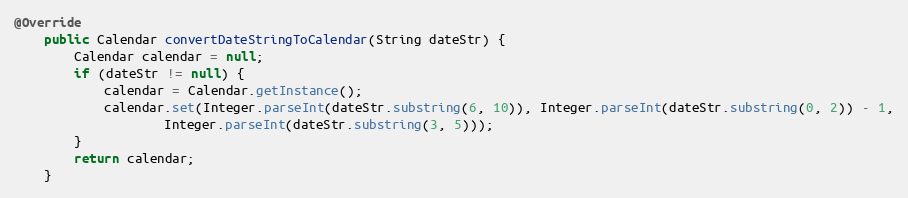
Language: Java
@Override
    public Calendar convertDateStringToCalendar(String dateStr) {
        Calendar calendar = null;
        if (dateStr != null) {
            calendar = Calendar.getInstance();
            calendar.set(Integer.parseInt(dateStr.substring(6, 10)), Integer.parseInt(dateStr.substring(0, 2)) - 1,
                    Integer.parseInt(dateStr.substring(3, 5)));
        }
        return calendar;
    }